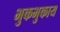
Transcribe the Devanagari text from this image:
भुकभुकाय